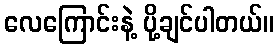
လေကြောင်းနဲ့ ပို့ချင်ပါတယ်။